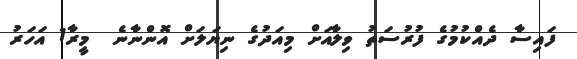
ފައިސާ ދެއްކުމުގެ ފުރުސަތު ވިލާއަށް މިއަދުގެ ނިޔަލަށް އޮންނާނެ  މީރާ1 އަހަރު